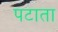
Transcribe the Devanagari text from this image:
पटाता